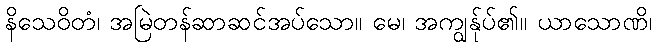
နိသေဝိတံ၊ အမြဲတန်ဆာဆင်အပ်သော။ မေ၊ အကျွန်ုပ်၏။ ယာသောဏိ၊